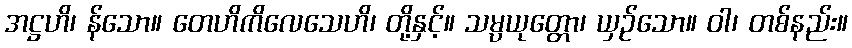
အဋ္ဌဟိ၊ န်သော။ တေဟိကိလေသေဟိ၊ တို့နှင့်။ သမ္ပယုတ္တော၊ ယှဉ်သော။ ဝါ၊ တစ်နည်း။